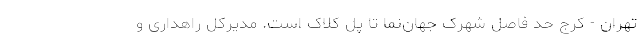
تهران - کرج حد فاصل شهرک جهان‌نما تا پل کلاک است. مدیرکل راهداری و